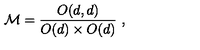
{ \cal M } = { \frac { O ( d , d ) } { O ( d ) \times O ( d ) } } \ ,